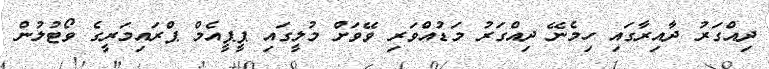
ދިއްގަރު ދާއިރާގައި ހިމެނޭ ދިއްގަރު މަޑުއްވަރި ވޭވަށް މުލީގައި ޕީޕީއެމް ޕްރައިމަރީގެ ވޯޓުލުން